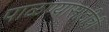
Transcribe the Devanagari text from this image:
पाळण्यासाठीची